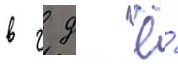
в г д ё́